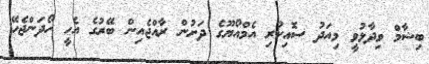
ބިޝާމް ވިދާޅުވީ މިއަދު ސޮއިކުރި އެމްއޯޔޫގެ ދަށުން ރާއްޖެއިން ބޭރުގެ އެހީ ހޯދަންޖެހޭ